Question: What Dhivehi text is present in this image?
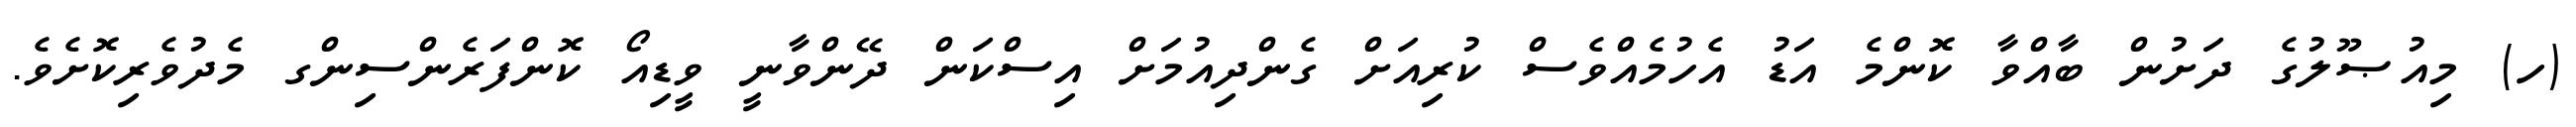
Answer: (ހ) މިއުޞޫލުގެ ދަށުން ބާއްވާ ކޮންމެ އަޑު އެހުމެއްވެސް ކުރިއަށް ގެންދިއުމަށް އިސްކަން ދޭންވާނީ ވީޑިއޯ ކޮންފަރެންސިންގ މެދުވެރިކޮށެވެ.